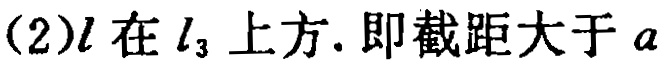
(2)\(l\)在\(l_{3}\)上方. 即截距大于\(a\)